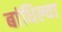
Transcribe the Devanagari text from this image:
बांधिल्या